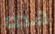
هذه